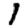
Digit: 1